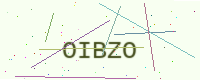
Text: OIBZO